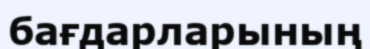
бағдарларының